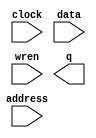
// megafunction wizard: %RAM: 1-PORT%VBB%
// GENERATION: STANDARD
// VERSION: WM1.0
// MODULE: altsyncram 

// ============================================================
// Megafunction Name(s):
// 			altsyncram
//
// Simulation Library Files(s):
// 			altera_mf
// ============================================================
// ************************************************************
// THIS IS A WIZARD-GENERATED FILE. DO NOT EDIT THIS FILE!
//
// 12.1 Build 243 01/31/2013 SP 1 SJ Web Edition
// ************************************************************

//Copyright (C) 1991-2012 Altera Corporation
//Your use of Altera Corporation's design tools, logic functions 
//and other software and tools, and its AMPP partner logic 
//functions, and any output files from any of the foregoing 
//(including device programming or simulation files), and any 
//associated documentation or information are expressly subject 
//to the terms and conditions of the Altera Program License 
//Subscription Agreement, Altera MegaCore Function License 
//Agreement, or other applicable license agreement, including, 
//without limitation, that your use is for the sole purpose of 
//programming logic devices manufactured by Altera and sold by 
//Altera or its authorized distributors.  Please refer to the 
//applicable agreement for further details.

module ram_17_1024 (
	address,
	clock,
	data,
	wren,
	q);

	input	[9:0]  address;
	input	  clock;
	input	[16:0]  data;
	input	  wren;
	output	[16:0]  q;
`ifndef ALTERA_RESERVED_QIS
// synopsys translate_off
`endif
	tri1	  clock;
`ifndef ALTERA_RESERVED_QIS
// synopsys translate_on
`endif

endmodule

// ============================================================
// CNX file retrieval info
// ============================================================
// Retrieval info: PRIVATE: ADDRESSSTALL_A NUMERIC "0"
// Retrieval info: PRIVATE: AclrAddr NUMERIC "0"
// Retrieval info: PRIVATE: AclrByte NUMERIC "0"
// Retrieval info: PRIVATE: AclrData NUMERIC "0"
// Retrieval info: PRIVATE: AclrOutput NUMERIC "0"
// Retrieval info: PRIVATE: BYTE_ENABLE NUMERIC "0"
// Retrieval info: PRIVATE: BYTE_SIZE NUMERIC "8"
// Retrieval info: PRIVATE: BlankMemory NUMERIC "0"
// Retrieval info: PRIVATE: CLOCK_ENABLE_INPUT_A NUMERIC "0"
// Retrieval info: PRIVATE: CLOCK_ENABLE_OUTPUT_A NUMERIC "0"
// Retrieval info: PRIVATE: Clken NUMERIC "0"
// Retrieval info: PRIVATE: DataBusSeparated NUMERIC "1"
// Retrieval info: PRIVATE: IMPLEMENT_IN_LES NUMERIC "0"
// Retrieval info: PRIVATE: INIT_FILE_LAYOUT STRING "PORT_A"
// Retrieval info: PRIVATE: INIT_TO_SIM_X NUMERIC "0"
// Retrieval info: PRIVATE: INTENDED_DEVICE_FAMILY STRING "Cyclone II"
// Retrieval info: PRIVATE: JTAG_ENABLED NUMERIC "0"
// Retrieval info: PRIVATE: JTAG_ID STRING "NONE"
// Retrieval info: PRIVATE: MAXIMUM_DEPTH NUMERIC "0"
// Retrieval info: PRIVATE: MIFfilename STRING "inst_test_hex.hex"
// Retrieval info: PRIVATE: NUMWORDS_A NUMERIC "1024"
// Retrieval info: PRIVATE: RAM_BLOCK_TYPE NUMERIC "0"
// Retrieval info: PRIVATE: READ_DURING_WRITE_MODE_PORT_A NUMERIC "3"
// Retrieval info: PRIVATE: RegAddr NUMERIC "1"
// Retrieval info: PRIVATE: RegData NUMERIC "1"
// Retrieval info: PRIVATE: RegOutput NUMERIC "0"
// Retrieval info: PRIVATE: SYNTH_WRAPPER_GEN_POSTFIX STRING "0"
// Retrieval info: PRIVATE: SingleClock NUMERIC "1"
// Retrieval info: PRIVATE: UseDQRAM NUMERIC "1"
// Retrieval info: PRIVATE: WRCONTROL_ACLR_A NUMERIC "0"
// Retrieval info: PRIVATE: WidthAddr NUMERIC "10"
// Retrieval info: PRIVATE: WidthData NUMERIC "17"
// Retrieval info: PRIVATE: rden NUMERIC "0"
// Retrieval info: LIBRARY: altera_mf altera_mf.altera_mf_components.all
// Retrieval info: CONSTANT: CLOCK_ENABLE_INPUT_A STRING "BYPASS"
// Retrieval info: CONSTANT: CLOCK_ENABLE_OUTPUT_A STRING "BYPASS"
// Retrieval info: CONSTANT: INIT_FILE STRING "inst_test_hex.hex"
// Retrieval info: CONSTANT: INTENDED_DEVICE_FAMILY STRING "Cyclone II"
// Retrieval info: CONSTANT: LPM_HINT STRING "ENABLE_RUNTIME_MOD=NO"
// Retrieval info: CONSTANT: LPM_TYPE STRING "altsyncram"
// Retrieval info: CONSTANT: NUMWORDS_A NUMERIC "1024"
// Retrieval info: CONSTANT: OPERATION_MODE STRING "SINGLE_PORT"
// Retrieval info: CONSTANT: OUTDATA_ACLR_A STRING "NONE"
// Retrieval info: CONSTANT: OUTDATA_REG_A STRING "UNREGISTERED"
// Retrieval info: CONSTANT: POWER_UP_UNINITIALIZED STRING "FALSE"
// Retrieval info: CONSTANT: WIDTHAD_A NUMERIC "10"
// Retrieval info: CONSTANT: WIDTH_A NUMERIC "17"
// Retrieval info: CONSTANT: WIDTH_BYTEENA_A NUMERIC "1"
// Retrieval info: USED_PORT: address 0 0 10 0 INPUT NODEFVAL "address[9..0]"
// Retrieval info: USED_PORT: clock 0 0 0 0 INPUT VCC "clock"
// Retrieval info: USED_PORT: data 0 0 17 0 INPUT NODEFVAL "data[16..0]"
// Retrieval info: USED_PORT: q 0 0 17 0 OUTPUT NODEFVAL "q[16..0]"
// Retrieval info: USED_PORT: wren 0 0 0 0 INPUT NODEFVAL "wren"
// Retrieval info: CONNECT: @address_a 0 0 10 0 address 0 0 10 0
// Retrieval info: CONNECT: @clock0 0 0 0 0 clock 0 0 0 0
// Retrieval info: CONNECT: @data_a 0 0 17 0 data 0 0 17 0
// Retrieval info: CONNECT: @wren_a 0 0 0 0 wren 0 0 0 0
// Retrieval info: CONNECT: q 0 0 17 0 @q_a 0 0 17 0
// Retrieval info: GEN_FILE: TYPE_NORMAL ram_17_1024.v TRUE
// Retrieval info: GEN_FILE: TYPE_NORMAL ram_17_1024.inc FALSE
// Retrieval info: GEN_FILE: TYPE_NORMAL ram_17_1024.cmp FALSE
// Retrieval info: GEN_FILE: TYPE_NORMAL ram_17_1024.bsf FALSE
// Retrieval info: GEN_FILE: TYPE_NORMAL ram_17_1024_inst.v FALSE
// Retrieval info: GEN_FILE: TYPE_NORMAL ram_17_1024_bb.v TRUE
// Retrieval info: LIB_FILE: altera_mf